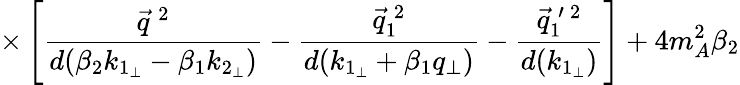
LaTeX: \times\left[\frac{\vec{q}^{\: 2}}{d(\beta_{2}k_{1_{\perp}}-\beta_{1}k_{2_{\perp}})}-\frac{\vec{q}_{1}^{\: 2}}{d(k_{1_{\perp}}+\beta_{1}q_{\perp})}-\frac{\vec{q}_{1}^{\: \prime\: 2}}{d(k_{1_{\perp}})}\right]+4m_{A}^{2}\beta_{2}